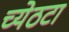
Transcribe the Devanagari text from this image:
च्येठटा